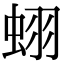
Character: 蛡